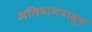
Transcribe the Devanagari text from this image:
अलिबागपासून